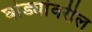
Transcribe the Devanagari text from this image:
घोड्यांवरील